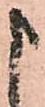
申